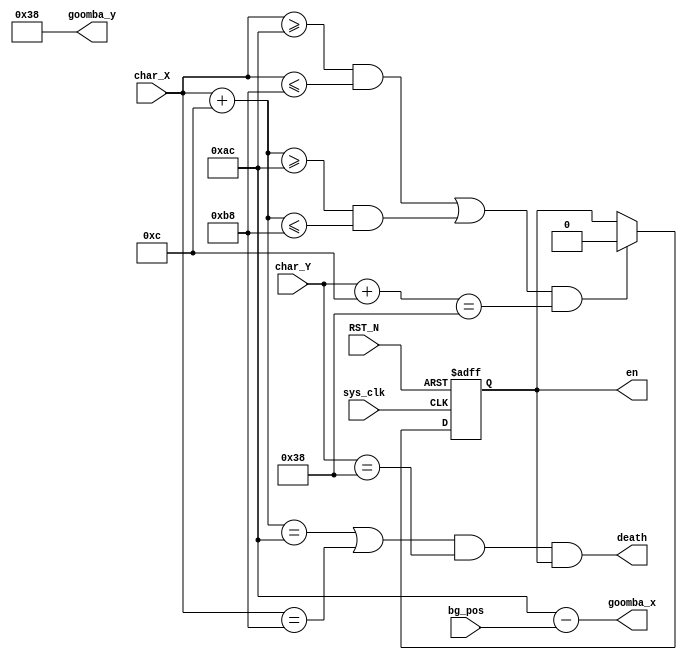
`timescale 1ns / 1ps

module GOOMBA(input sys_clk, 
	         input  [9:0] char_X,
	         input  [9:0] char_Y,
	         input  [9:0] bg_pos,
	         input RST_N,
             output wire [9:0] goomba_x,
             output wire [9:0] goomba_y,
             output death,
             output en
);
  reg [9:0] goomba_x_r = 10'd172;
  reg [9:0] goomba_y_r = 10'd56;
  reg enable = 1'b1;


  
  assign goomba_x = goomba_x_r - bg_pos;
  assign goomba_y = goomba_y_r;
 
 assign death = ((char_X + 10'd12 == goomba_x_r) | (char_X == goomba_x_r + 10'd12)) & (char_Y == goomba_y_r) & enable;
 assign en = enable;
 
 always@(posedge sys_clk or negedge RST_N)
   begin 
     if(!RST_N)
       enable <= 1'b1;
     else if( (((char_X >= goomba_x_r) && (char_X <= goomba_x_r + 10'd12)) || ((char_X + 10'd12 >= goomba_x_r) && (char_X + 10'd12 <= goomba_x_r + 10'd12))) && (char_Y + 10'd12 == goomba_y_r) )
       enable <= 1'b0;
     else
      enable <= enable;
    end

endmodule